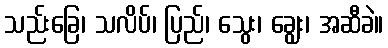
သည်းခြေ၊ သလိပ်၊ ပြည်၊ သွေး၊ ချွေး၊ အဆီခဲ။